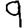
Digit: 9